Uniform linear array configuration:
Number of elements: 48
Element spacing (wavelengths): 0.5
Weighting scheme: binomial
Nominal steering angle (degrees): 30
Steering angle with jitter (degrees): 28.715
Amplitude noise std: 0.05
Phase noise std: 0.05

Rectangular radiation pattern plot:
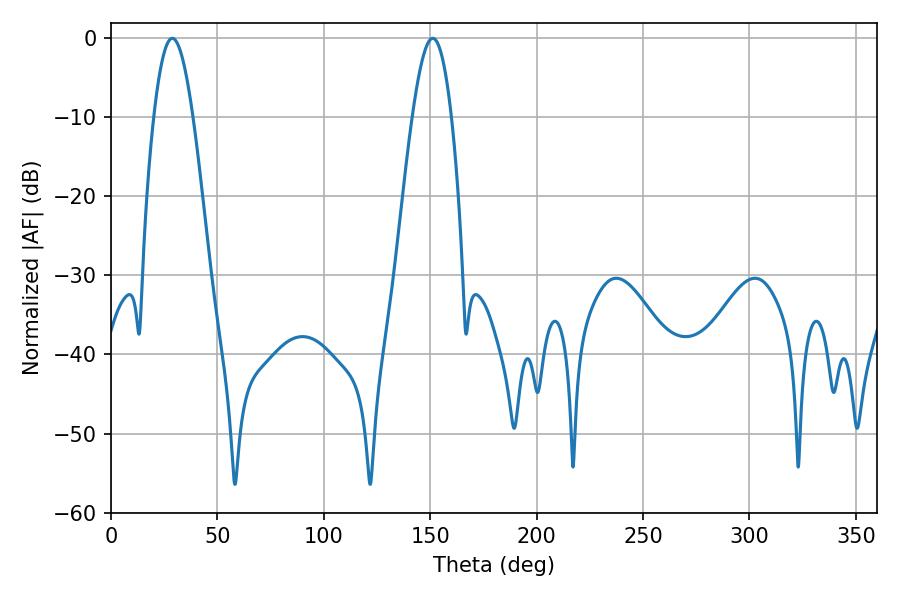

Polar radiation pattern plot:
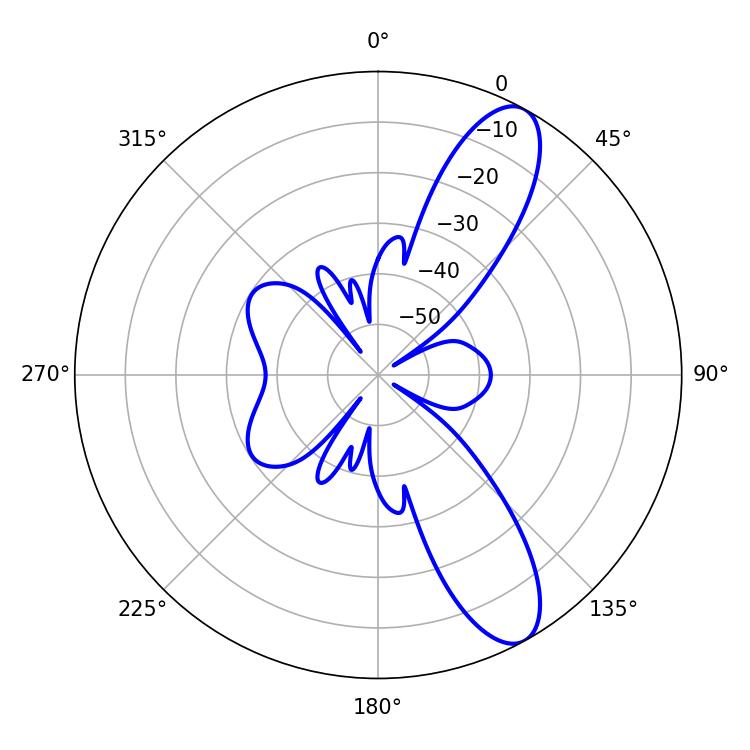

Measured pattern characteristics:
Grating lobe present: FALSE
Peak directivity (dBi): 10.408
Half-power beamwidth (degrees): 9.9
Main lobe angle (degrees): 28.8